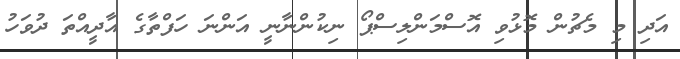
އަދި މި މެޗުން މޮޅުވި އޮސްމަންލިސްޕޯ ނިކުންނާނީ އަންނަ ހަފްތާގެ އާދީއްތަ ދުވަހު